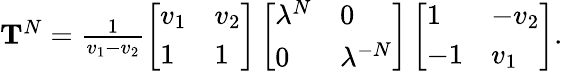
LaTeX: \begin{array}{r}{\mathbf{T}^{N}=\frac{1}{v_{1}-v_{2}}\left[\begin{array}{ll}{v_{1}}&{v_{2}}\\ {1}&{1}\end{array}\right]\left[\begin{array}{ll}{\lambda^{N}}&{0}\\ {0}&{\lambda^{-N}}\end{array}\right]\left[\begin{array}{ll}{1}&{-v_{2}}\\ {-1}&{v_{1}}\end{array}\right].}\end{array}